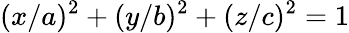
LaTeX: (x/a)^{2}+(y/b)^{2}+(z/c)^{2}=1